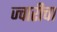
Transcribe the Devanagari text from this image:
ज्वारीचा